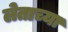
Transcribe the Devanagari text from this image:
लेताच्या